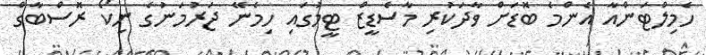
ހެމިލްޓަންއާ އެންމެ ބޮޑަށް ވާދަކުރި މާސެޑީޒް ޓީމުގައި ހިމެނޭ ޖަރުމަނުގެ ނިކޯ ރޮސްބާގް